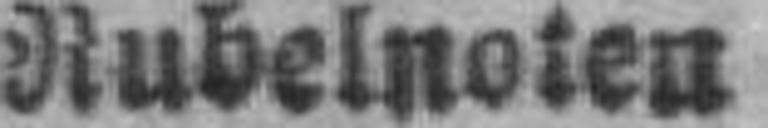
Rubelnoten